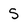
Character: S